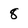
Character: 8